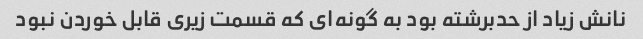
نانش زیاد از حدبرشته بود به گونه‌ای که قسمت زیری قابل خوردن نبود